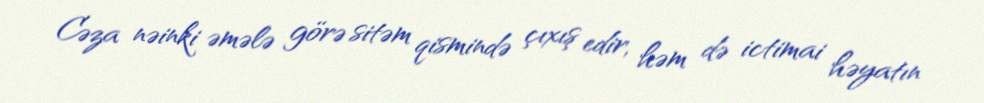
Cəza nəinki əmələ görə sitəm qismində çıxış edir, həm də ictimai həyatın